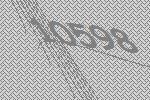
10598